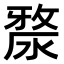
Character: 𣺶